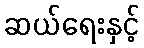
ဆယ်ရေးနှင့်